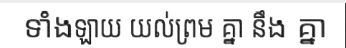
ទាំងឡាយ យល់ព្រម គ្នា នឹង គ្នា